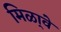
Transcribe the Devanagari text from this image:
मिळा्वे